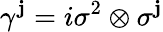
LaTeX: \gamma^{\mathbf{j}}=i\sigma^{2}\otimes\sigma^{\mathbf{j}}